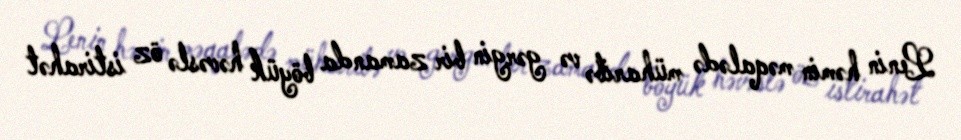
Lenin həmin məqalədə müharibə və gərgin bir zamanda böyük həvəslə öz istirahət